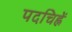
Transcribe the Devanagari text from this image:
पदचिह्नें